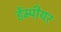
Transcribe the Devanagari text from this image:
डेंम्पीयर